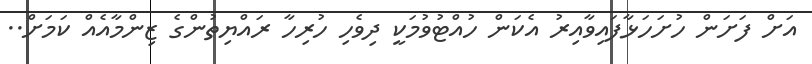
އަށް ފަށަން ހުށަހަޅާފައިވާއިރު އެކަން ހުއްޓުވުމަކީ ދިވެހި ހުރިހާ ރައްޔިތުންގެ ޒިންމާއެއް ކަމަށް..